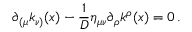
\partial _ { ( \mu } k _ { \nu ) } ( x ) - \frac 1 D \eta _ { \mu \nu } \partial _ { \rho } k ^ { \rho } ( x ) = 0 \, .